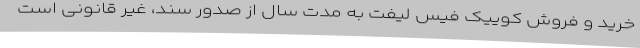
خرید و فروش کوییک فیس لیفت به مدت سال از صدور سند، غیر قانونی است